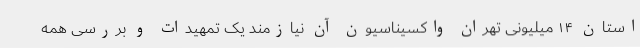
استان ۱۴ میلیونی تهران واکسیناسیون آن نیازمند یک تمهیدات و بررسی همه